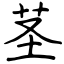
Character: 茎